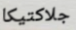
جلاكتيكا